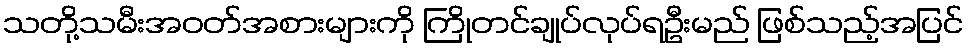
သတို့သမီးအဝတ်အစားများကို ကြိုတင်ချုပ်လုပ်ရဦးမည် ဖြစ်သည့်အပြင်